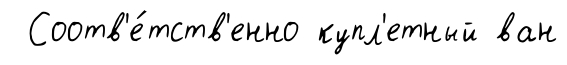
Соотв'е́тств'енно купл'етный ван